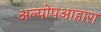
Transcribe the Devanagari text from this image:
अल्पोपआहारा